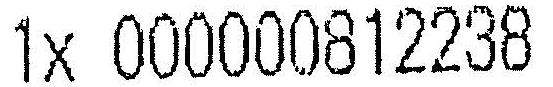
1X 000000812238